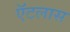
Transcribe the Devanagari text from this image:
ऍटलास